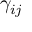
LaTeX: \gamma _ { i j }